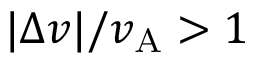
| \Delta v | / v _ { \mathrm { A } } > 1